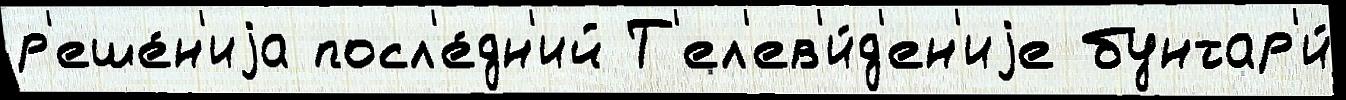
р'еше́н'иjа посл'е́дн'ий Т'ел'ев'и́д'ен'иjе бунтар'и́